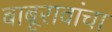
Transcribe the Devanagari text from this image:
बाबूरावांचा